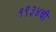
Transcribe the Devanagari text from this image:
१९३४ची